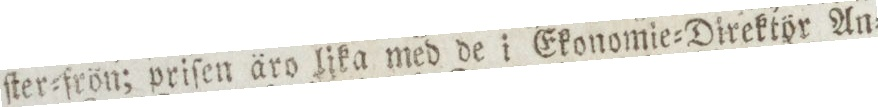
ſter=frön; priſen äro lika med de i Ekonomie=Direktör An=